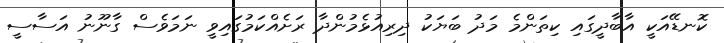
ކޮނޑޭއަކީ އާބާދީގައި ކިތަންމެ މަދު ބަޔަކު ދިރިއުޅެމުންދާ ރަށެއްކަމުގައިވީ ނަމަވެސް ގާނޫނު އަސާސީ